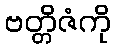
ဗတ္တိဇံကို